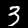
Digit: 3